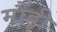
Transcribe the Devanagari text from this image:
मौंडी